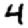
Digit: 4